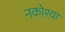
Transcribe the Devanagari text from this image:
नकोश्या